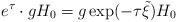
LaTeX: \begin{align*}e^{\tau}\cdot gH_0=g\exp(-\tau \tilde{\xi})H_0\end{align*}